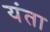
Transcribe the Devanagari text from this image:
यंता